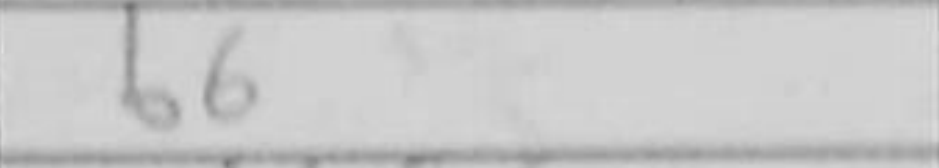
Transcription: b6